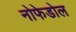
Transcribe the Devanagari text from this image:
नोफेडोल